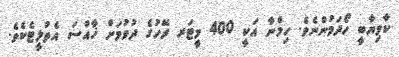
ކާމިޔާބީ ހޯދަމުންނެވެ. ހިމްނާ އަކީ 400 މީޓަރ ރޭހުގެ ދުވުމަށް ޚާއްސަ އެތުލީޓެކެވެ.